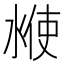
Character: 𰜇